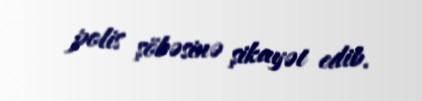
polis şöbəsinə şikayət edib.